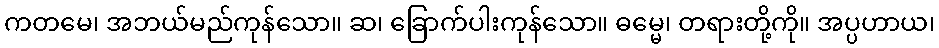
ကတမေ၊ အဘယ်မည်ကုန်သော။ ဆ၊ ခြောက်ပါးကုန်သော။ ဓမ္မေ၊ တရားတို့ကို။ အပ္ပဟာယ၊